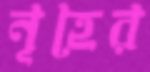
নূহের